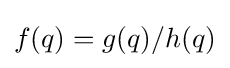
f(q)=g(q)/h(q)